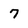
Character: 7